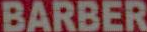
BARBER